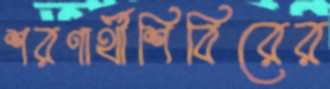
শরণার্থীশিবিরের